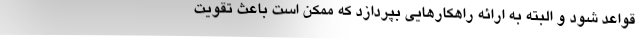
قواعد شود و البته به ارائه راهکارهایی بپردازد که ممکن است باعث تقویت